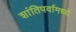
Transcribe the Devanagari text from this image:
शांतिपर्वामध्ये